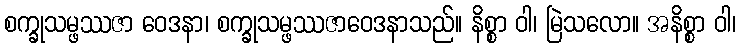
စက္ခုသမ္ဖဿဇာ ဝေဒနာ၊ စက္ခုသမ္ဖဿဇာဝေဒနာသည်။ နိစ္စာ ဝါ၊ မြဲသလော။ အနိစ္စာ ဝါ၊